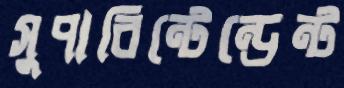
সুপারিন্টেন্ডেন্ট